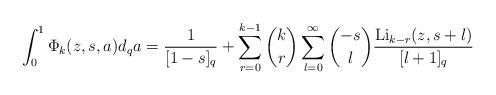
LaTeX: \begin{align*}\int_0^1 \Phi_k(z,s,a)d_qa=\frac{1}{[1-s]_q}+\sum_{r=0}^{k-1}\binom kr \sum_{l=0}^\infty\binom{-s}{l}\frac{{\rm Li}_{k-r}(z,s+l)}{[l+1]_q}\end{align*}